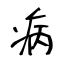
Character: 病